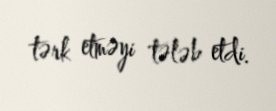
tərk etməyi tələb etdi.